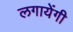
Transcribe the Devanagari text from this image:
लगायेंगी